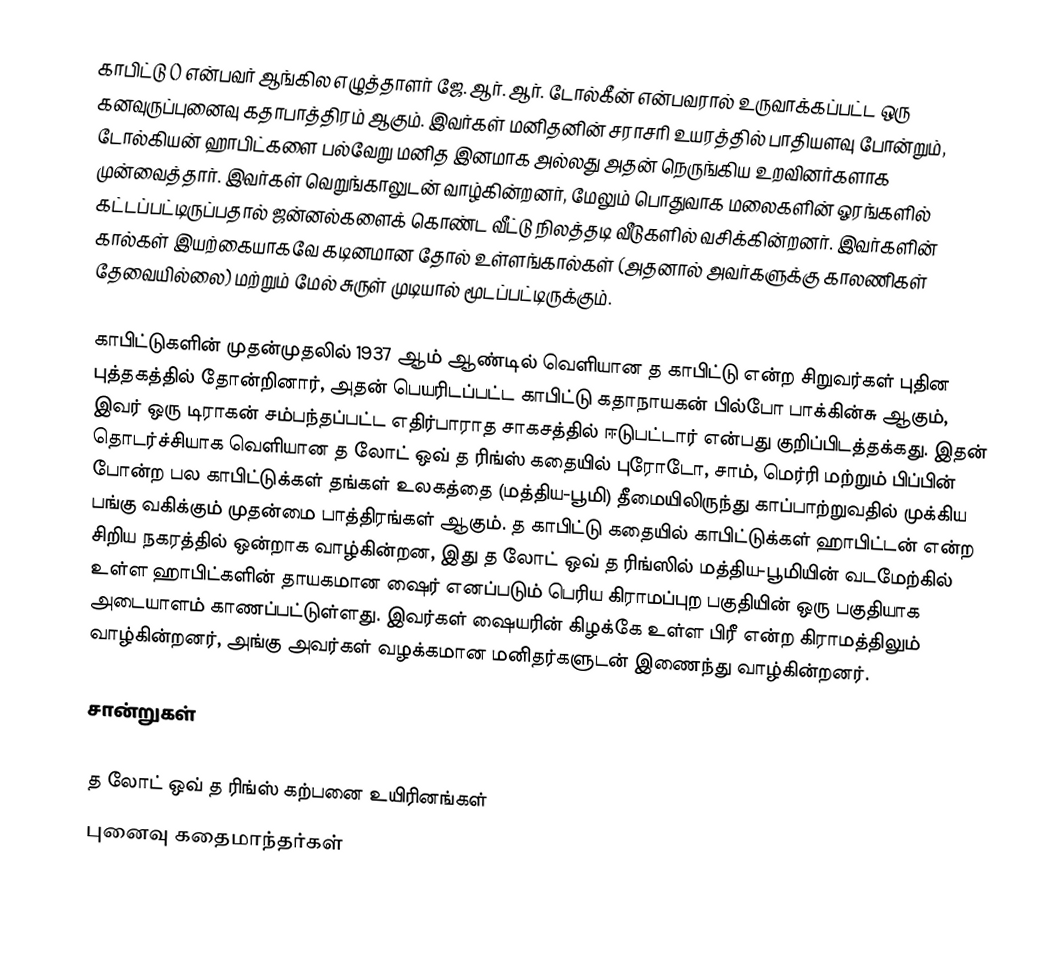
காபிட்டு () என்பவர் ஆங்கில எழுத்தாளர் ஜே. ஆர். ஆர். டோல்கீன் என்பவரால் உருவாக்கப்பட்ட ஒரு கனவுருப்புனைவு கதாபாத்திரம் ஆகும். இவர்கள் மனிதனின் சராசரி உயரத்தில் பாதியளவு போன்றும், டோல்கியன் ஹாபிட்களை பல்வேறு மனித இனமாக அல்லது அதன் நெருங்கிய உறவினர்களாக முன்வைத்தார். இவர்கள் வெறுங்காலுடன் வாழ்கின்றனர், மேலும் பொதுவாக மலைகளின் ஓரங்களில் கட்டப்பட்டிருப்பதால் ஜன்னல்களைக் கொண்ட வீட்டு நிலத்தடி வீடுகளில் வசிக்கின்றனர். இவர்களின் கால்கள் இயற்கையாகவே கடினமான தோல் உள்ளங்கால்கள் (அதனால் அவர்களுக்கு காலணிகள் தேவையில்லை) மற்றும் மேல் சுருள் முடியால் மூடப்பட்டிருக்கும்.

காபிட்டுகளின் முதன்முதலில் 1937 ஆம் ஆண்டில் வெளியான த காபிட்டு என்ற சிறுவர்கள் புதின புத்தகத்தில் தோன்றினார், அதன் பெயரிடப்பட்ட காபிட்டு கதாநாயகன் பில்போ பாக்கின்சு ஆகும், இவர் ஒரு டிராகன் சம்பந்தப்பட்ட எதிர்பாராத சாகசத்தில் ஈடுபட்டார் என்பது குறிப்பிடத்தக்கது. இதன் தொடர்ச்சியாக வெளியான த லோட் ஒவ் த ரிங்ஸ் கதையில் புரோடோ, சாம், மெர்ரி மற்றும் பிப்பின் போன்ற பல காபிட்டுக்கள் தங்கள் உலகத்தை (மத்திய-பூமி) தீமையிலிருந்து காப்பாற்றுவதில் முக்கிய பங்கு வகிக்கும் முதன்மை பாத்திரங்கள் ஆகும். த காபிட்டு கதையில் காபிட்டுக்கள் ஹாபிட்டன் என்ற சிறிய நகரத்தில் ஒன்றாக வாழ்கின்றன, இது த லோட் ஒவ் த ரிங்ஸில் மத்திய-பூமியின் வடமேற்கில் உள்ள ஹாபிட்களின் தாயகமான ஷைர் எனப்படும் பெரிய கிராமப்புற பகுதியின் ஒரு பகுதியாக அடையாளம் காணப்பட்டுள்ளது. இவர்கள் ஷையரின் கிழக்கே உள்ள பிரீ என்ற கிராமத்திலும் வாழ்கின்றனர், அங்கு அவர்கள் வழக்கமான மனிதர்களுடன் இணைந்து வாழ்கின்றனர்.

சான்றுகள்

த லோட் ஒவ் த ரிங்ஸ் கற்பனை உயிரினங்கள்
புனைவு கதைமாந்தர்கள்